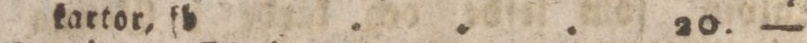
kartor. fb ... 20. —